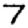
Digit: 7